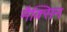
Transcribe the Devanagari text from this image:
मैक्सिन